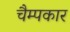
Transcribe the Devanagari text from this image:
चैम्पकार